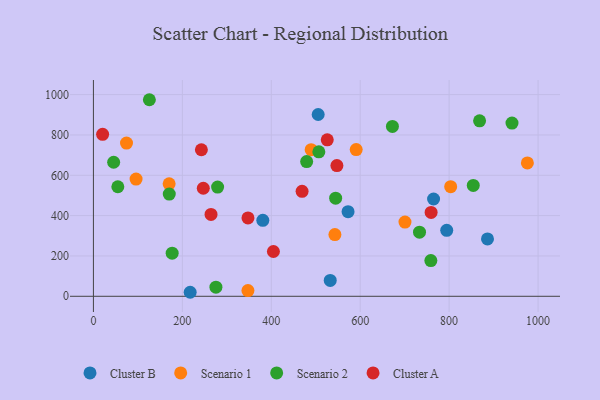
{"axis": {"x": "Experience", "y": "Profit"}, "legend": ["Cluster A", "Cluster B", "Scenario 1", "Scenario 2"], "data": [{"x": "217.6", "y": 19.9, "type": "Cluster B"}, {"x": "794.6", "y": 326.9, "type": "Cluster B"}, {"x": "532.6", "y": 78.8, "type": "Cluster B"}, {"x": "886.3", "y": 284.3, "type": "Cluster B"}, {"x": "765.0", "y": 482.5, "type": "Cluster B"}, {"x": "381.0", "y": 376.9, "type": "Cluster B"}, {"x": "505.5", "y": 901.5, "type": "Cluster B"}, {"x": "572.7", "y": 419.4, "type": "Cluster B"}, {"x": "170.3", "y": 557.7, "type": "Scenario 1"}, {"x": "489.7", "y": 727.1, "type": "Scenario 1"}, {"x": "976.0", "y": 661.3, "type": "Scenario 1"}, {"x": "591.0", "y": 727.7, "type": "Scenario 1"}, {"x": "803.5", "y": 543.5, "type": "Scenario 1"}, {"x": "95.9", "y": 581.2, "type": "Scenario 1"}, {"x": "543.1", "y": 305.9, "type": "Scenario 1"}, {"x": "347.5", "y": 28.5, "type": "Scenario 1"}, {"x": "74.4", "y": 760.0, "type": "Scenario 1"}, {"x": "700.7", "y": 367.8, "type": "Scenario 1"}, {"x": "125.8", "y": 974.8, "type": "Scenario 2"}, {"x": "941.4", "y": 859.1, "type": "Scenario 2"}, {"x": "54.9", "y": 543.2, "type": "Scenario 2"}, {"x": "733.4", "y": 318.1, "type": "Scenario 2"}, {"x": "279.3", "y": 541.4, "type": "Scenario 2"}, {"x": "275.5", "y": 45.2, "type": "Scenario 2"}, {"x": "758.9", "y": 177.3, "type": "Scenario 2"}, {"x": "544.8", "y": 486.6, "type": "Scenario 2"}, {"x": "170.6", "y": 506.8, "type": "Scenario 2"}, {"x": "507.0", "y": 716.3, "type": "Scenario 2"}, {"x": "45.5", "y": 664.8, "type": "Scenario 2"}, {"x": "479.6", "y": 668.2, "type": "Scenario 2"}, {"x": "177.1", "y": 213.7, "type": "Scenario 2"}, {"x": "672.5", "y": 842.2, "type": "Scenario 2"}, {"x": "868.5", "y": 870.1, "type": "Scenario 2"}, {"x": "854.3", "y": 549.8, "type": "Scenario 2"}, {"x": "20.7", "y": 803.3, "type": "Cluster A"}, {"x": "469.3", "y": 520.3, "type": "Cluster A"}, {"x": "525.9", "y": 776.0, "type": "Cluster A"}, {"x": "404.8", "y": 222.2, "type": "Cluster A"}, {"x": "264.5", "y": 406.2, "type": "Cluster A"}, {"x": "347.6", "y": 388.4, "type": "Cluster A"}, {"x": "247.1", "y": 535.7, "type": "Cluster A"}, {"x": "547.6", "y": 648.4, "type": "Cluster A"}, {"x": "242.8", "y": 726.8, "type": "Cluster A"}, {"x": "759.5", "y": 416.0, "type": "Cluster A"}]}